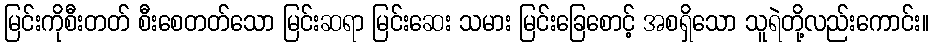
မြင်းကိုစီးတတ် စီးစေတတ်သော မြင်းဆရာ မြင်းဆေး သမား မြင်းခြေစောင့် အစရှိသော သူရဲတို့လည်းကောင်း။